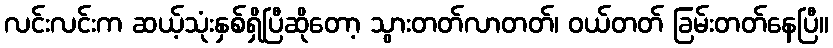
လင်းလင်းက ဆယ့်သုံးနှစ်ရှိပြီဆိုတော့ သွားတတ်လာတတ်၊ ဝယ်တတ် ခြမ်းတတ်နေပြီ။